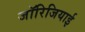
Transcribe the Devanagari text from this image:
जॉरिजियाई